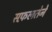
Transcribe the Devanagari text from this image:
सफ़लतेने